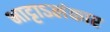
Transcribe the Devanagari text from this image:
भाट्टाऽलंकार